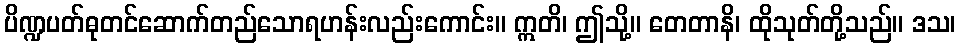
ပိဏ္ဍပတ်ဓုတင်ဆောက်တည်သောရဟန်းလည်းကောင်း။ ဣတိ၊ ဤသို့။ တေတာနိ၊ ထိုသုတ်တို့သည်။ ဒသ၊